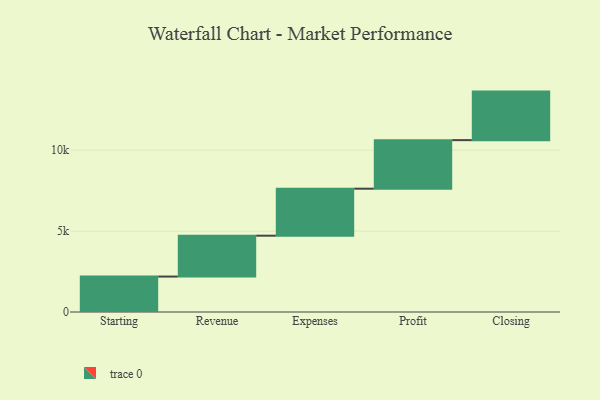
{"axis": {"x": "Step", "y": "Value"}, "legend": [""], "data": [{"x": "Starting", "y": 2190.0, "type": ""}, {"x": "Revenue", "y": 2526.0, "type": ""}, {"x": "Expenses", "y": 2905.0, "type": ""}, {"x": "Profit", "y": 3000, "type": ""}, {"x": "Closing", "y": 3000, "type": ""}]}